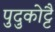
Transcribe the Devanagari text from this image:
पुदुकोट्टै